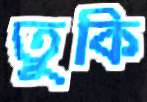
তুকি